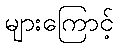
များကြောင့်